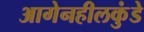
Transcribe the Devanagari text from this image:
आगेनहीलकुंडे